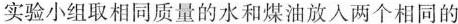
实验小组取相同质量的水和煤油放入两个相同的